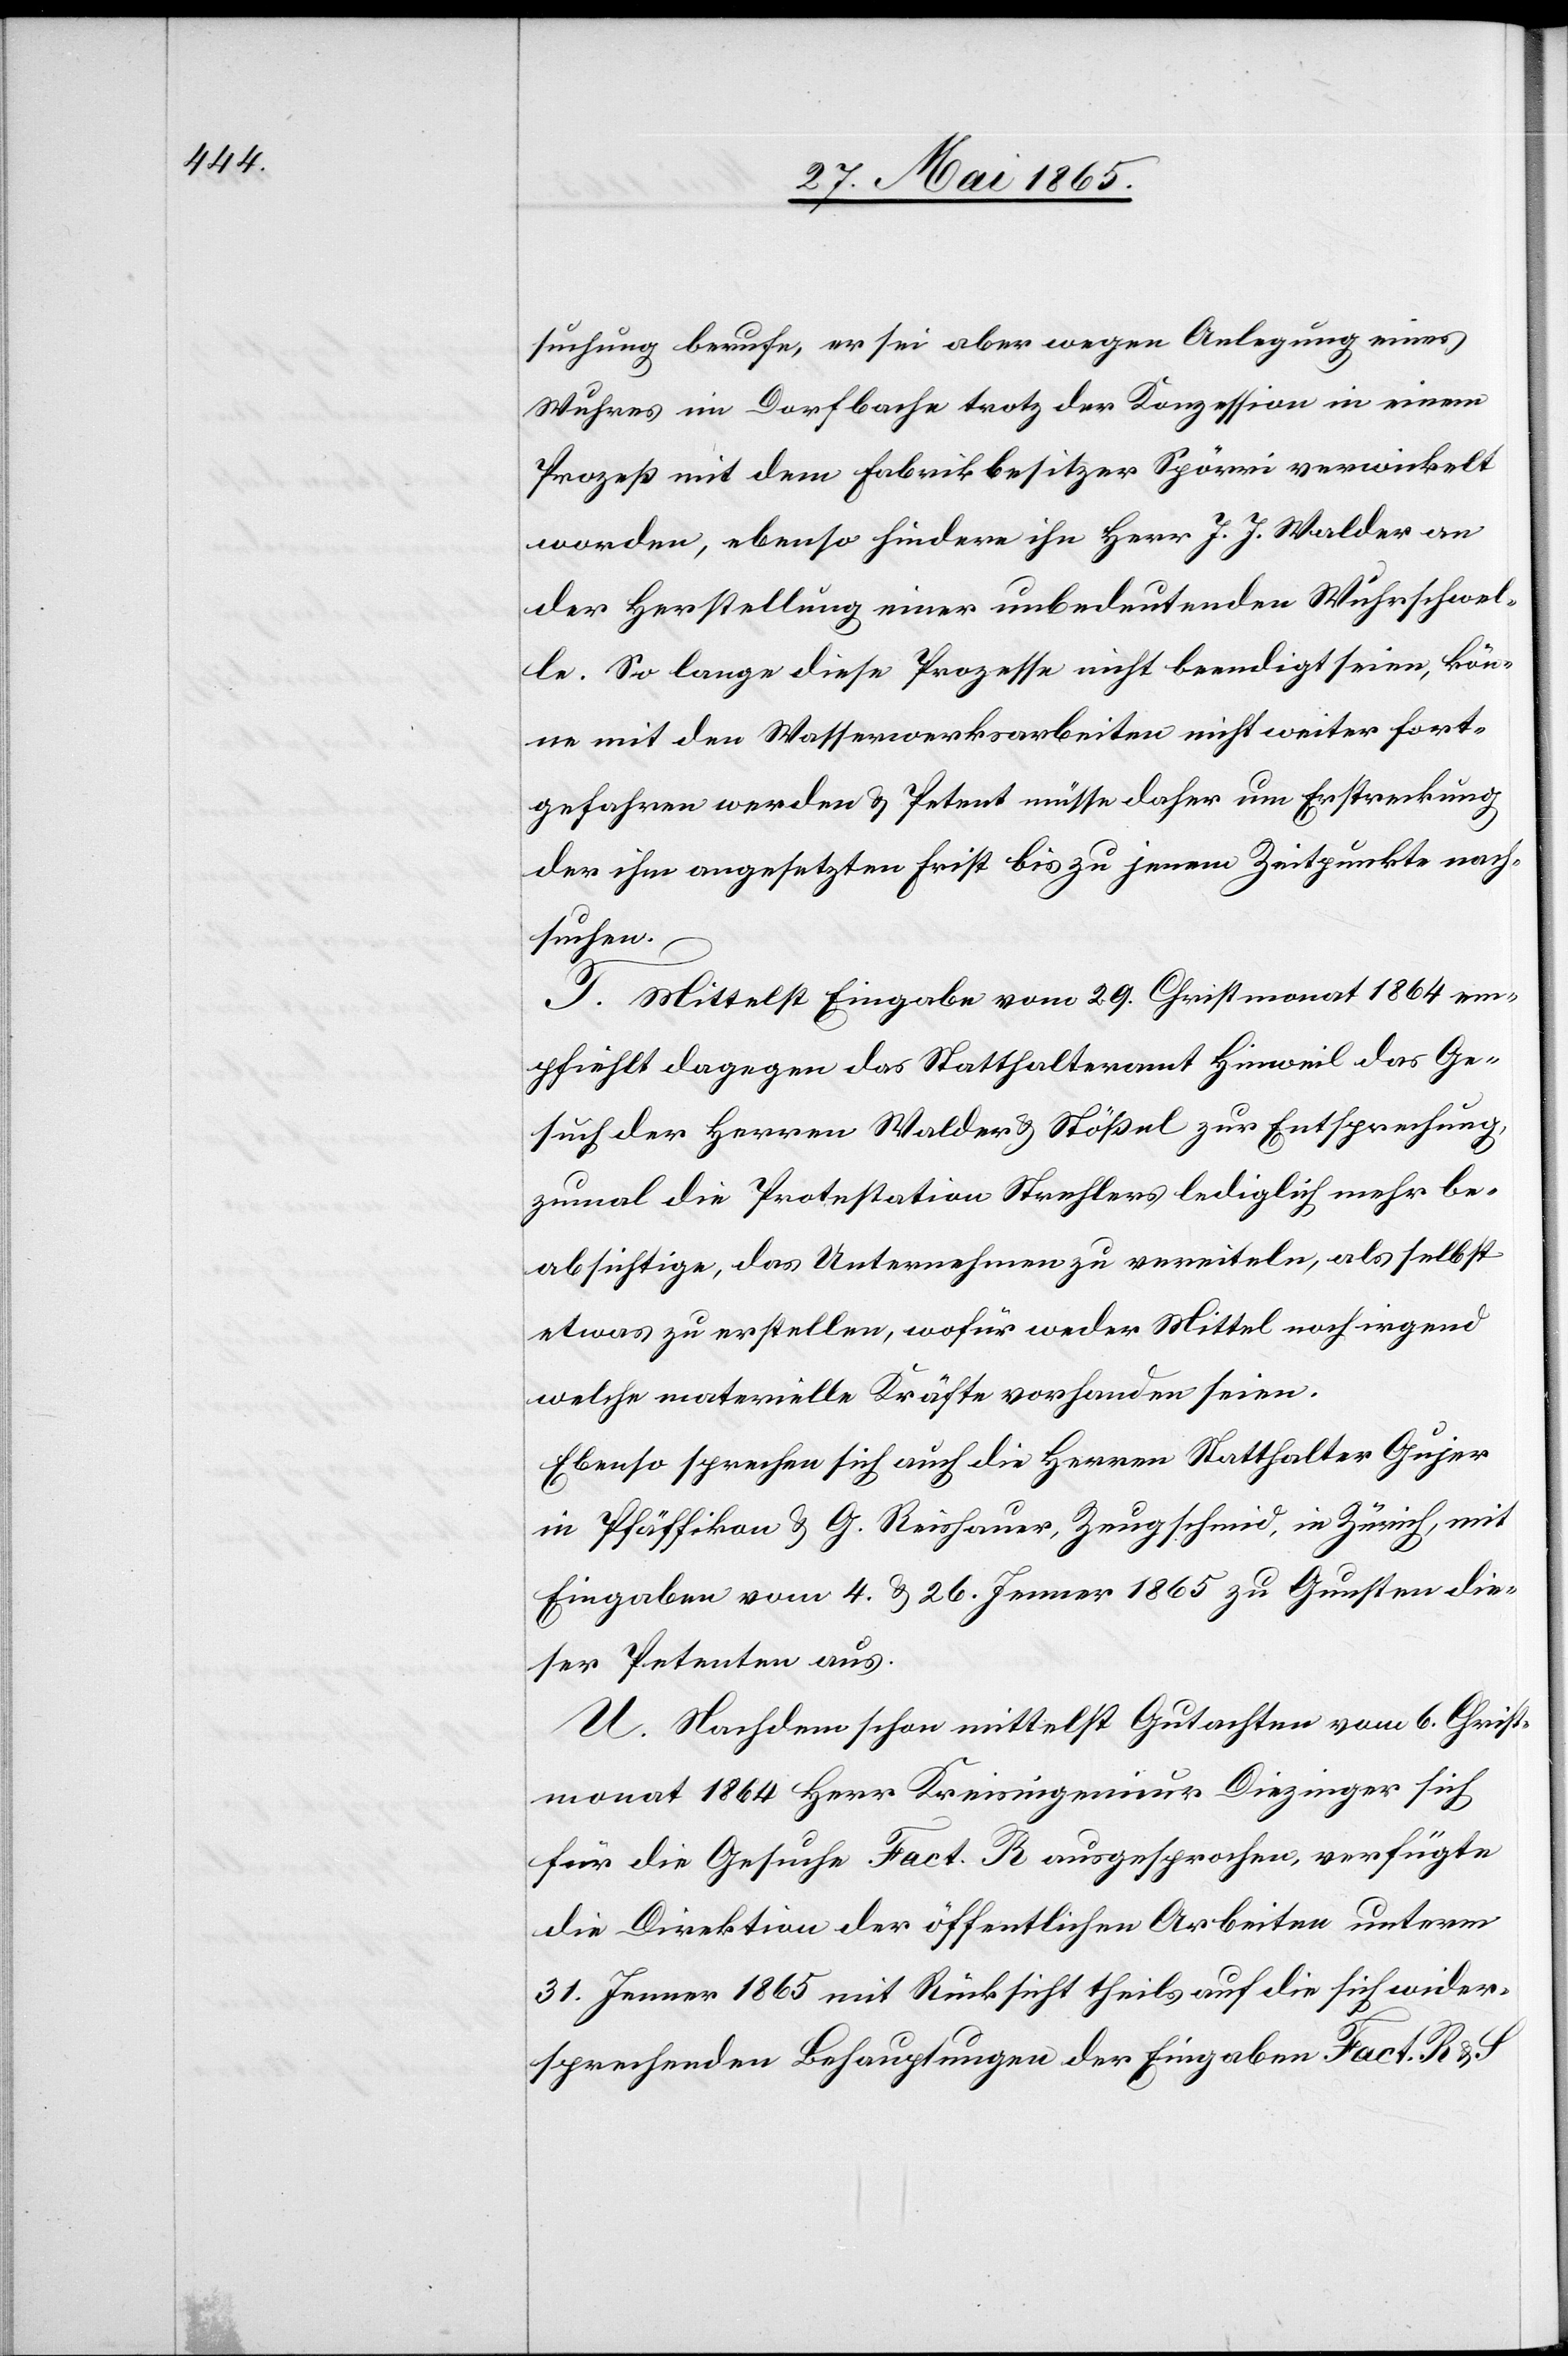
suchung berufe, er sei aber wegen Anlegung eines
Wuhres im Dorfbache trotz der Konzession in einem
Prozeß mit dem Fabrikbesitzer Spörri verwickelt
worden, ebenso hindere ihn Herr J. J. Walder an
der Herstellung einer unbedeutenden Wuhrschwel¬
le. So lange diese Prozesse nicht beendigt seien, kön¬
ne mit den Wasserwerksarbeiten nicht weiter fort¬
gefahren werden & Petent müsse daher um Erstreckung
der ihm angesetzten Frist bis zu jenem Zeitpunkte nach¬
suchen.
T. Mittelst Eingabe vom 29. Christmonat 1864 em¬
pfiehlt dagegen das Statthalteramt Hinweil das Ge¬
such der Herren Walder & Stößel zur Entsprechung
zumal die Protestation Strehlers lediglich mehr be¬
absichtige, das Unternehmen zu vereiteln, als selbst
etwas zu erstellen, wofür weder Mittel noch irgend
welche materielle Kräfte vorhanden seien.
Ebenso sprechen sich auch die Herren Statthalter Gujer
in Pfäffikon & G. Reishauer, Zeugschmid, in Zürich, mit
Eingaben vom 4. & 26. Jenner 1865 zu Gunsten die¬
ser Petenten aus.
U. Nachdem schon mittelst Gutachten vom 6. Chrsit¬
monat 1864 Herr Kreisingenieur Diezinger sich
für die Gesuche Fact. R ausgesprochen, verfügte
die Direktion der öffentlichen Arbeiten unterm
31. Jenner 1865 mit Rücksicht theils auf die sich wider¬
sprechenden Behauptungen der Eingaben Fact. R &